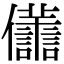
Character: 𠑫